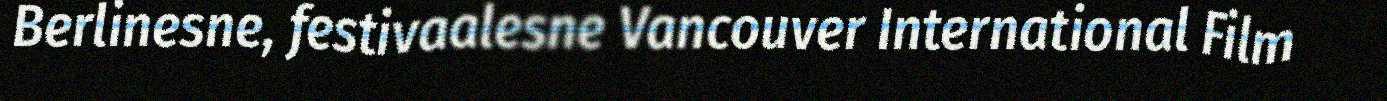
Berlinesne, festivaalesne Vancouver International Film